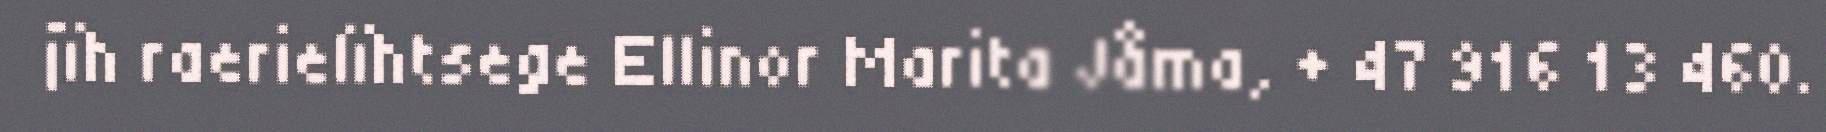
jïh raerielïhtsege Ellinor Marita Jåma, + 47 916 13 460.